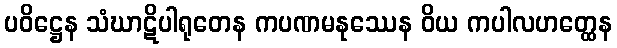
ပဝိဋ္ဌေန သံဃာဋိပါရုတေန ကပဏမနုဿေန ဝိယ ကပါလဟတ္ထေန